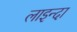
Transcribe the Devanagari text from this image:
लाइन्दा